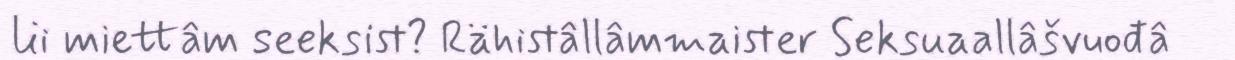
lii miettâm seeksist? Rähistâllâmmaister Seksuaallâšvuođâ